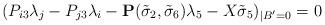
LaTeX: \begin{align*} (P_{i3}\lambda_j-P_{j3}\lambda_i-\mathbf{P}(\tilde\sigma_2,\tilde\sigma_6)\lambda_5-X\tilde\sigma_5)_{|B'=0}=0\end{align*}